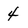
Character: 4